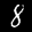
Label: 8